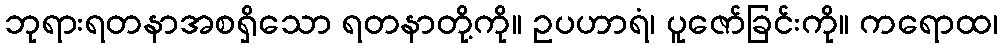
ဘုရားရတနာအစရှိသော ရတနာတို့ကို။ ဥပဟာရံ၊ ပူဇော်ခြင်းကို။ ကရောထ၊